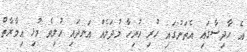
އެ ހާދިސާގައި އެތަނުގައި ހުރި ހުރިހާ މުދަލެއް އަނދައި ހުލިވެ މުޅި އިމާރާތް